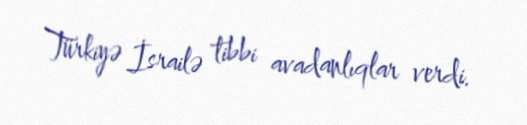
Türkiyə İsrailə tibbi avadanlıqlar verdi.